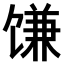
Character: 𫗱